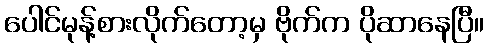
ပေါင်မုန့်စားလိုက်တော့မှ ဗိုက်က ပိုဆာနေပြီ။